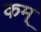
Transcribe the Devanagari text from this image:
कम्‌